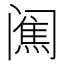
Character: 𨸋